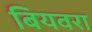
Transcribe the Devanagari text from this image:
बियवरा